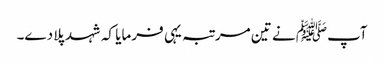
آپﷺ نے تین مرتبہ یہی فرمایا کہ شہد پلا دے۔